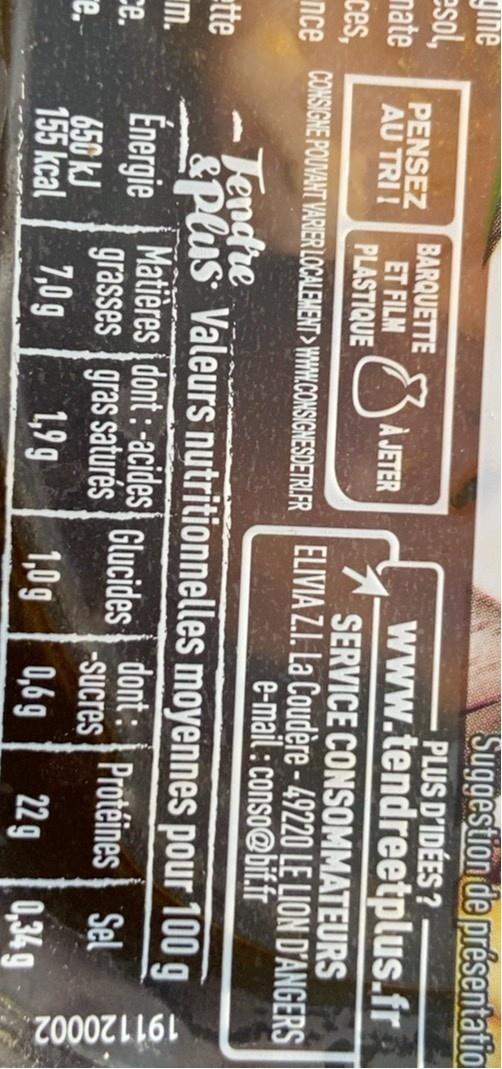
191120002.
yine esol, nate
Suggestion de présentatio PLUS D'IDÉES ? www.tendreetplus.fr
PENSEZ AU TRI !
BARQUETTE ET FILM PLASTIQUE
À JETER
SERVICE CONSOMMATEURS
ces, nce COMSIGHE POUVANT VARIER LOCALEMENT > HWW.CONSIGNESDETRIFR ELIVIA Z.I. La Coudère - 49220 LE LION D'ANGERS
e-mail: conso@bif.fr
-Tendre
tte
&Plus Valeurs nutritionnelles moyennes pour 100
m.
Énergie | Matières dont : -acides
Glucides 0ont: Protéines Sel -Sucres
се.
650 kJ 155 kcal
grasses gras saturés 1,9 9
re.-
7,0g
1,0g 0,69
22g 0,349